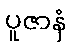
ပူဇာနံ